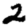
Digit: 2